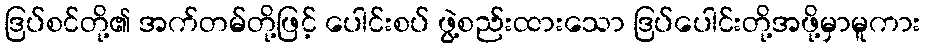
ဒြပ်စင်တို့၏ အက်တမ်တို့ဖြင့် ပေါင်းစပ် ဖွဲ့စည်းထားသော ဒြပ်ပေါင်းတို့အဖို့မှာမူကား